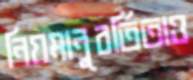
নিয়মানুবর্তিতাও